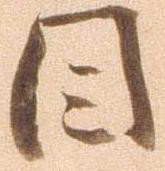
目